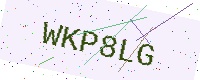
Text: WKP8LG